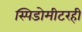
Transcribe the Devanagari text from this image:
स्पिडोमीटरही